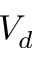
V _ { d }